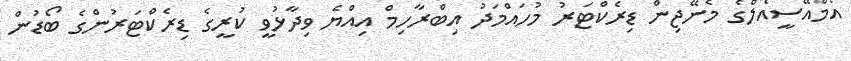
އެމްއޭސީއެލްގެ މެނޭޖިން ޑިރެކްޓަރު މުހައްމަދު އިބްރާހިމް އިއްޔެ ވިދާޅުވީ ކުރީގެ ޑިރެކްޓަރުންގެ ބޯޑުން